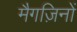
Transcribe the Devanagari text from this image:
मैगज़िनों